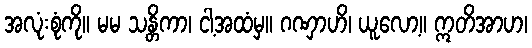
အလုံးစုံကို။ မမ သန္တိကာ၊ ငါ့အထံမှ။ ဂဏှာဟိ၊ ယူလော့။ ဣတိအာဟ၊